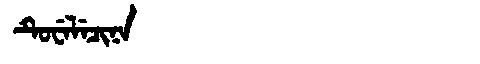
Manchu: ᡨᡠᠸᡝᠯᡝᠴᡳᠨᠠ
Romanization: TUWELECINA